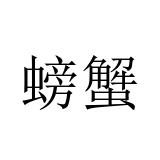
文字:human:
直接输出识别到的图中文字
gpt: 螃蟹